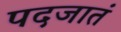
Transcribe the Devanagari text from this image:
पदजातं